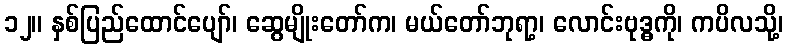
၁၂။ နှစ်ပြည်ထောင်ပျော်၊ ဆွေမျိုးတော်က၊ မယ်တော်ဘုရာ့၊ လောင်းဗုဒ္ဓကို၊ ကပိလသို့၊